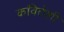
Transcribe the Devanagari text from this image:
कवितेशी